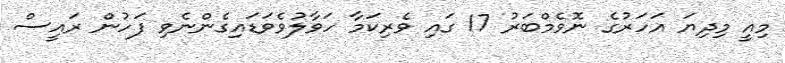
މިއީ މިދިޔަ އަހަރުގެ ނޮވެމްބަރު 17 ގައި ވެރިކަމާ ހަވާލުވެވަޑައިގެންނެވި ފަހުން ރައީސް